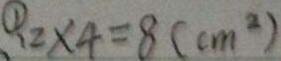
\textcircled { 1 } 1 2 \times 4 = 8 ( c m ^ { 2 } )